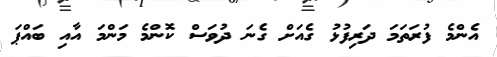
އެންމެ ފުރަތަމަ ދަރިފުޅު ގެއަށް ގެނަ ދުވަސް ކޮންމެ މަންމަ އާއި ބައްޕަ